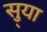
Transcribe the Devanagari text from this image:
सु्या